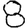
Digit: 8